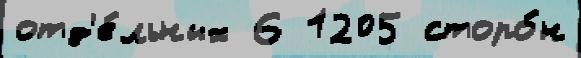
отд'е́льных 6 1205 сторо́н